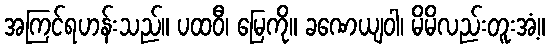
အကြင်ရဟန်းသည်။ ပထဝီ၊ မြေကို။ ခဏေယျဝါ၊ မိမိလည်းတူးအံ့။